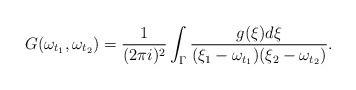
LaTeX: \begin{align*}G(\omega_{t_1},\omega_{t_2})=\frac{1}{(2\pi i)^2}\int_{\Gamma}\frac{g(\xi)d\xi}{(\xi_1-\omega_{t_1})(\xi_2-\omega_{t_2})}.\end{align*}